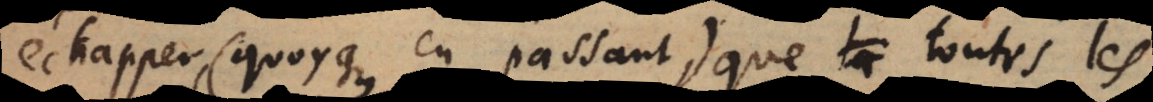
échapper (quoyqu’en passant) que toutes les